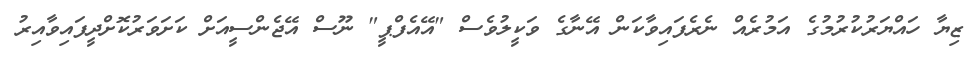
ޒިޔާ ހައްޔަރުކުރުމުގެ އަމުރެއް ނެރެފައިވާކަން އޭނާގެ ވަކީލުވެސް "އޭއެފްޕީ" ނޫސް އޭޖެންސީއަށް ކަށަވަރުކޮށްދީފައިވާއިރު